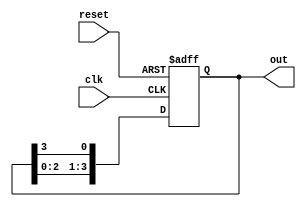
module ring_counter #(
    parameter N = 4  // Number of flip-flops (states)
) (
    input wire clk,       // Clock input
    input wire reset,     // Asynchronous reset input
    output reg [N-1:0] out // Output representing the current state
);

    // Initial state
    initial begin
        out = 1'b1; // Set the initial state to 100...0
    end

    // Always block triggered on the rising edge of the clock or reset
    always @(posedge clk or posedge reset) begin
        if (reset) begin
            out <= 1'b1; // Reset to initial state
        end else begin
            // Shift the '1' bit to the left and wrap around
            out <= {out[N-2:0], out[N-1]}; // Shift left and wrap around
        end
    end

endmodule